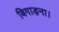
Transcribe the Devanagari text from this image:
बिगाड़ना।